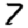
Digit: 7